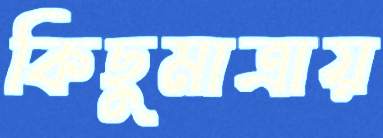
কিছুমাত্রায়